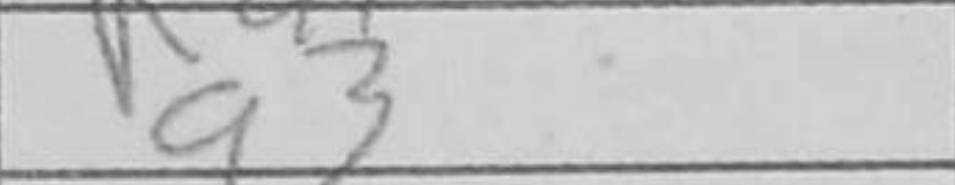
Transcription: a3